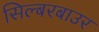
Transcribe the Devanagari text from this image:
सिल्बरबाउर